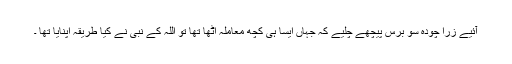
آئیے زرا چودہ سو برس پیچھے چلیے کہ جہاں ایسا ہی کچھ معاملہ اٹھا تھا تو اللہ کے نبیؐ نے کیا طریقہ اپنایا تھا ۔